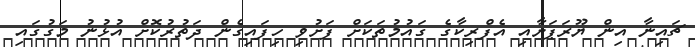
ޗައިނާ އިން ޔޫރަޕަށާއި އެފްރިކާގެ ގައުމުތަކަށް ފަށުވި ހިފައިގެން ދަތުރުކޮށް އުޅުނު މަގުގައި